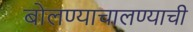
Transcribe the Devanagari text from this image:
बोलण्याचालण्याची